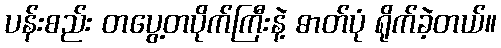
ပန်းစည်း တပွေ့တပိုက်ကြီးနဲ့ ဓာတ်ပုံ ရိုက်ခဲ့တယ်။